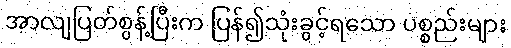
အာလျပြတ်စွန့်ပြီးက ပြန်၍သုံးခွင့်ရသော ပစ္စည်းများ